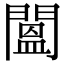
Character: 𨵷